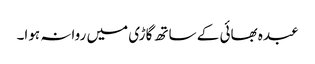
عبدہ بھائی کے ساتھ گاڑی میں روانہ ہوا۔